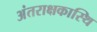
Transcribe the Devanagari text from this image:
अंतराक्षकास्थि